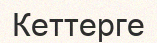
Кеттерге